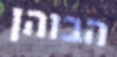
הבוהן